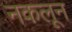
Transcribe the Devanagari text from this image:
नकलून